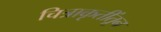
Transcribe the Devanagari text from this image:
चित्राकृतींतून